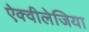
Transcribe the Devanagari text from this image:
ऐक्वीलेजिया